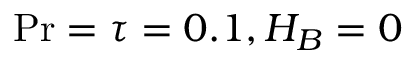
\mathrm { P r } = \tau = 0 . 1 , H _ { B } = 0